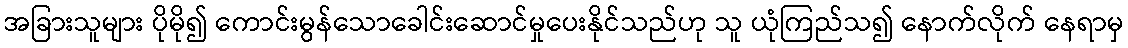
အခြားသူများ ပိုမို၍ ကောင်းမွန်သောခေါင်းဆောင်မှုပေးနိုင်သည်ဟု သူ ယုံကြည်သ၍ နောက်လိုက် နေရာမှ